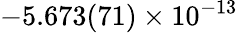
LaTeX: -5.673(71)\times 10^{-13}